Cholera in India, 1862 to 1881
Year: 1862
Disease focus: Cholera
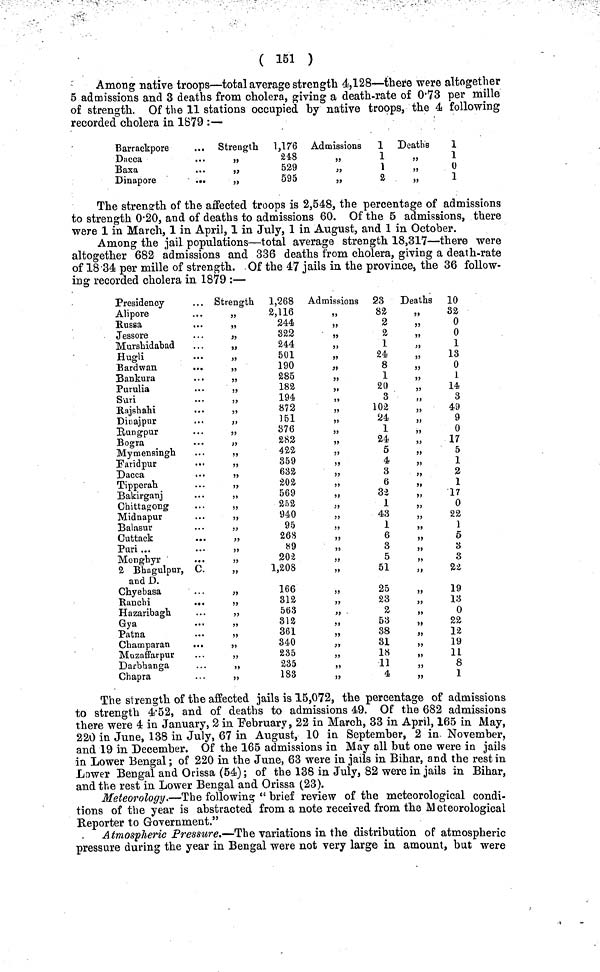
( 151 )
Among native troops—total average strength 4,128—there were altogether
5 admissions and 3 deaths from cholera, giving a death-rate of 0·73 per mille
of strength. Of the 11 stations occupied by native troops, the 4 following
recorded cholera in 1879 :—
Barrackpore
Dacca
Baxa
Dinapore
Strength
1,176
„
248
,, 529
„
595
Admissions 1
,, 1
,, 1
,, 2
Deaths
1
,, 1
,, 0
,, 1
The strength of the affected troops is 2,548, the percentage of admissions
to strength 0·20, and of deaths to admissions 60. Of the 5 admissions, there
were 1 in March, 1 in April, 1 in July, 1 in August, and 1 in October.
Among the jail populations—total average strength 18,317—there were
altogether 682 admissions and 336 deaths from cholera, giving a death-rate
of 18·34 per mille of strength. Of the 47 jails in the province, the 36 follow-
ing recorded cholera in 1879 :—
Presidency
... Strength 1,268
Admissions 23 Deaths 10
Alipore
Russa
Jessore
Murshidabad
Hugli
Bard wan
Bankura
Purulia
Sun
Rajshahi
Dinajpnr
Rungpur
Bogra
Mymensingh
Faridpur
Dacca
Tipperah
Bakirganj
Chittagong
Midnapur
Balasur
Cuttack
..
Puri ...
Monghyr
..
2 Bhagulpur, C.
and D.
Chyebasa
Ranchi
...
Hazaribagh
Gya
Patna
Champaran
...
Muzaffarpur
Darbhanga
Chapra
,, 2,116
,, 244
,, 322
,, 244
,, 501
,, 190
,, 285
,, 182
,, 194
,, 872
,, 151
,, 876
„
282
,, 422
„
359
,, 632
,, 202
,, 569
,, 252
,, 940
,, 95
,, 268
,, 89
,, 202
,, 1,208
,, 166
,, 312
,, 563
,, 312
,, 361
,, 340
,, 235
„
235
,, 183
,, 82
,, 2
,, 2
,, 1
,, 24
,, 8
,, 1
,, 20
,, 3
,, 102
,, 24
,, 1
,, 24
,, 5
,, 4
,, 3
,, 6
,, 32
,, 1
,, 43
,, 1
,, 6
,, 3
,, 5
,, 51
,, 25
,, 23
,, 2
,, 53
,, 38
,, 31
,, 18
,, 11
,, 4
,, 32
,, 0
,, 0
,, 1
,, 13
,, 0
,, 1
,, 14
,, 3
,, 49
,, 9
,, 0
,, 17
,, 5
,, 1
,, 3
,, 1
,, 17
,, 0
,, 22
,, 1
,, 5
,, 3
,, 3
„
22
,, 19
,, 13
,, 0
,, 22
,, 12
,, 19
,, 11
,, 8
,, 1
The strength of the affected jails is 15,072, the percentage of admissions
to strength 4·52, and of deaths to admissions 49. Of the 682 admissions
there were 4 in January, 2 in February, 22 in March, 33 in April, 165 in May,
220 in June, 138 in July, 67 in August, 10 in September, 2 in November,
and 19 in December. Of the 165 admissions in May all but one were in jails
in Lower Bengal; of 220 in the June, 63 were in jails in Bihar, and the rest in
Lower Bengal and Orissa (54); of the 138 in July, 82 were in jails in Bihar,
and the rest in Lower Bengal and Orissa (23).
Meteorology.—The following " brief review of the meteorological condi-
tions of the year is abstracted from a note received from the Meteorological
Reporter to Government."
Atmospheric Pressure.—The variations in the distribution of atmospheric
pressure during the year in Bengal were not very large in amount, but were